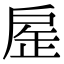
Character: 𢩏